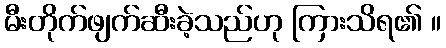
မီးတိုက်ဖျက်ဆီးခဲ့သည်ဟု ကြားသိရ၏ ။